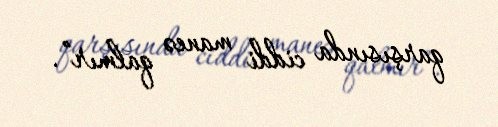
qarşısında ciddi maneə qalmır”.